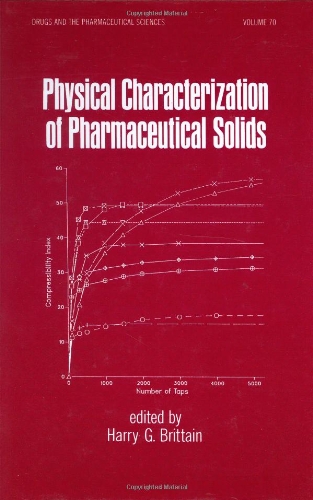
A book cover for Physical Characterization of Pharmaceutical Solids (Drugs and the Pharmaceutical Sciences); Medical Books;